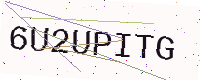
Text: 6U2UPITG